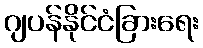
ဂျပန်နိုင်ငံခြားရေး